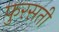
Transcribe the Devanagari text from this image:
फुरसती